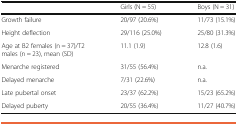
<table><thead><tr><td></td><td><b>Girls (N = 55)</b></td><td><b>Boys (N = 31)</b></td></tr></thead><tbody><tr><td>Growth failure</td><td>20/97 (20.6%)</td><td>11/73 (15.1%)</td></tr><tr><td>Height deflection</td><td>29/116 (25.0%)</td><td>25/80 (31.3%)</td></tr><tr><td>Age at B2 females (n = 37)/T2 males (n = 23), mean (SD)</td><td>11.1 (1.9)</td><td>12.8 (1.6)</td></tr><tr><td>Menarche registered</td><td>31/55 (56.4%)</td><td>n.a.</td></tr><tr><td>Delayed menarche</td><td>7/31 (22.6%)</td><td>n.a.</td></tr><tr><td>Late pubertal onset</td><td>23/37 (62.2%)</td><td>15/23 (65.2%)</td></tr><tr><td>Delayed puberty</td><td>20/55 (36.4%)</td><td>11/27 (40.7%)</td></tr></tbody></table>